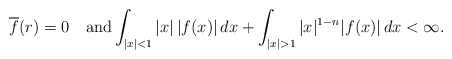
\begin{align*}\overline{f}(r)=0 \quad\hbox{and}\int_{|x|<1}|x|\,|f(x)|\,dx+\int_{|x|>1} |x|^{1-n}|f(x)|\,dx <\infty.\end{align*}